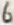
Text: 6